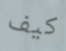
كيف